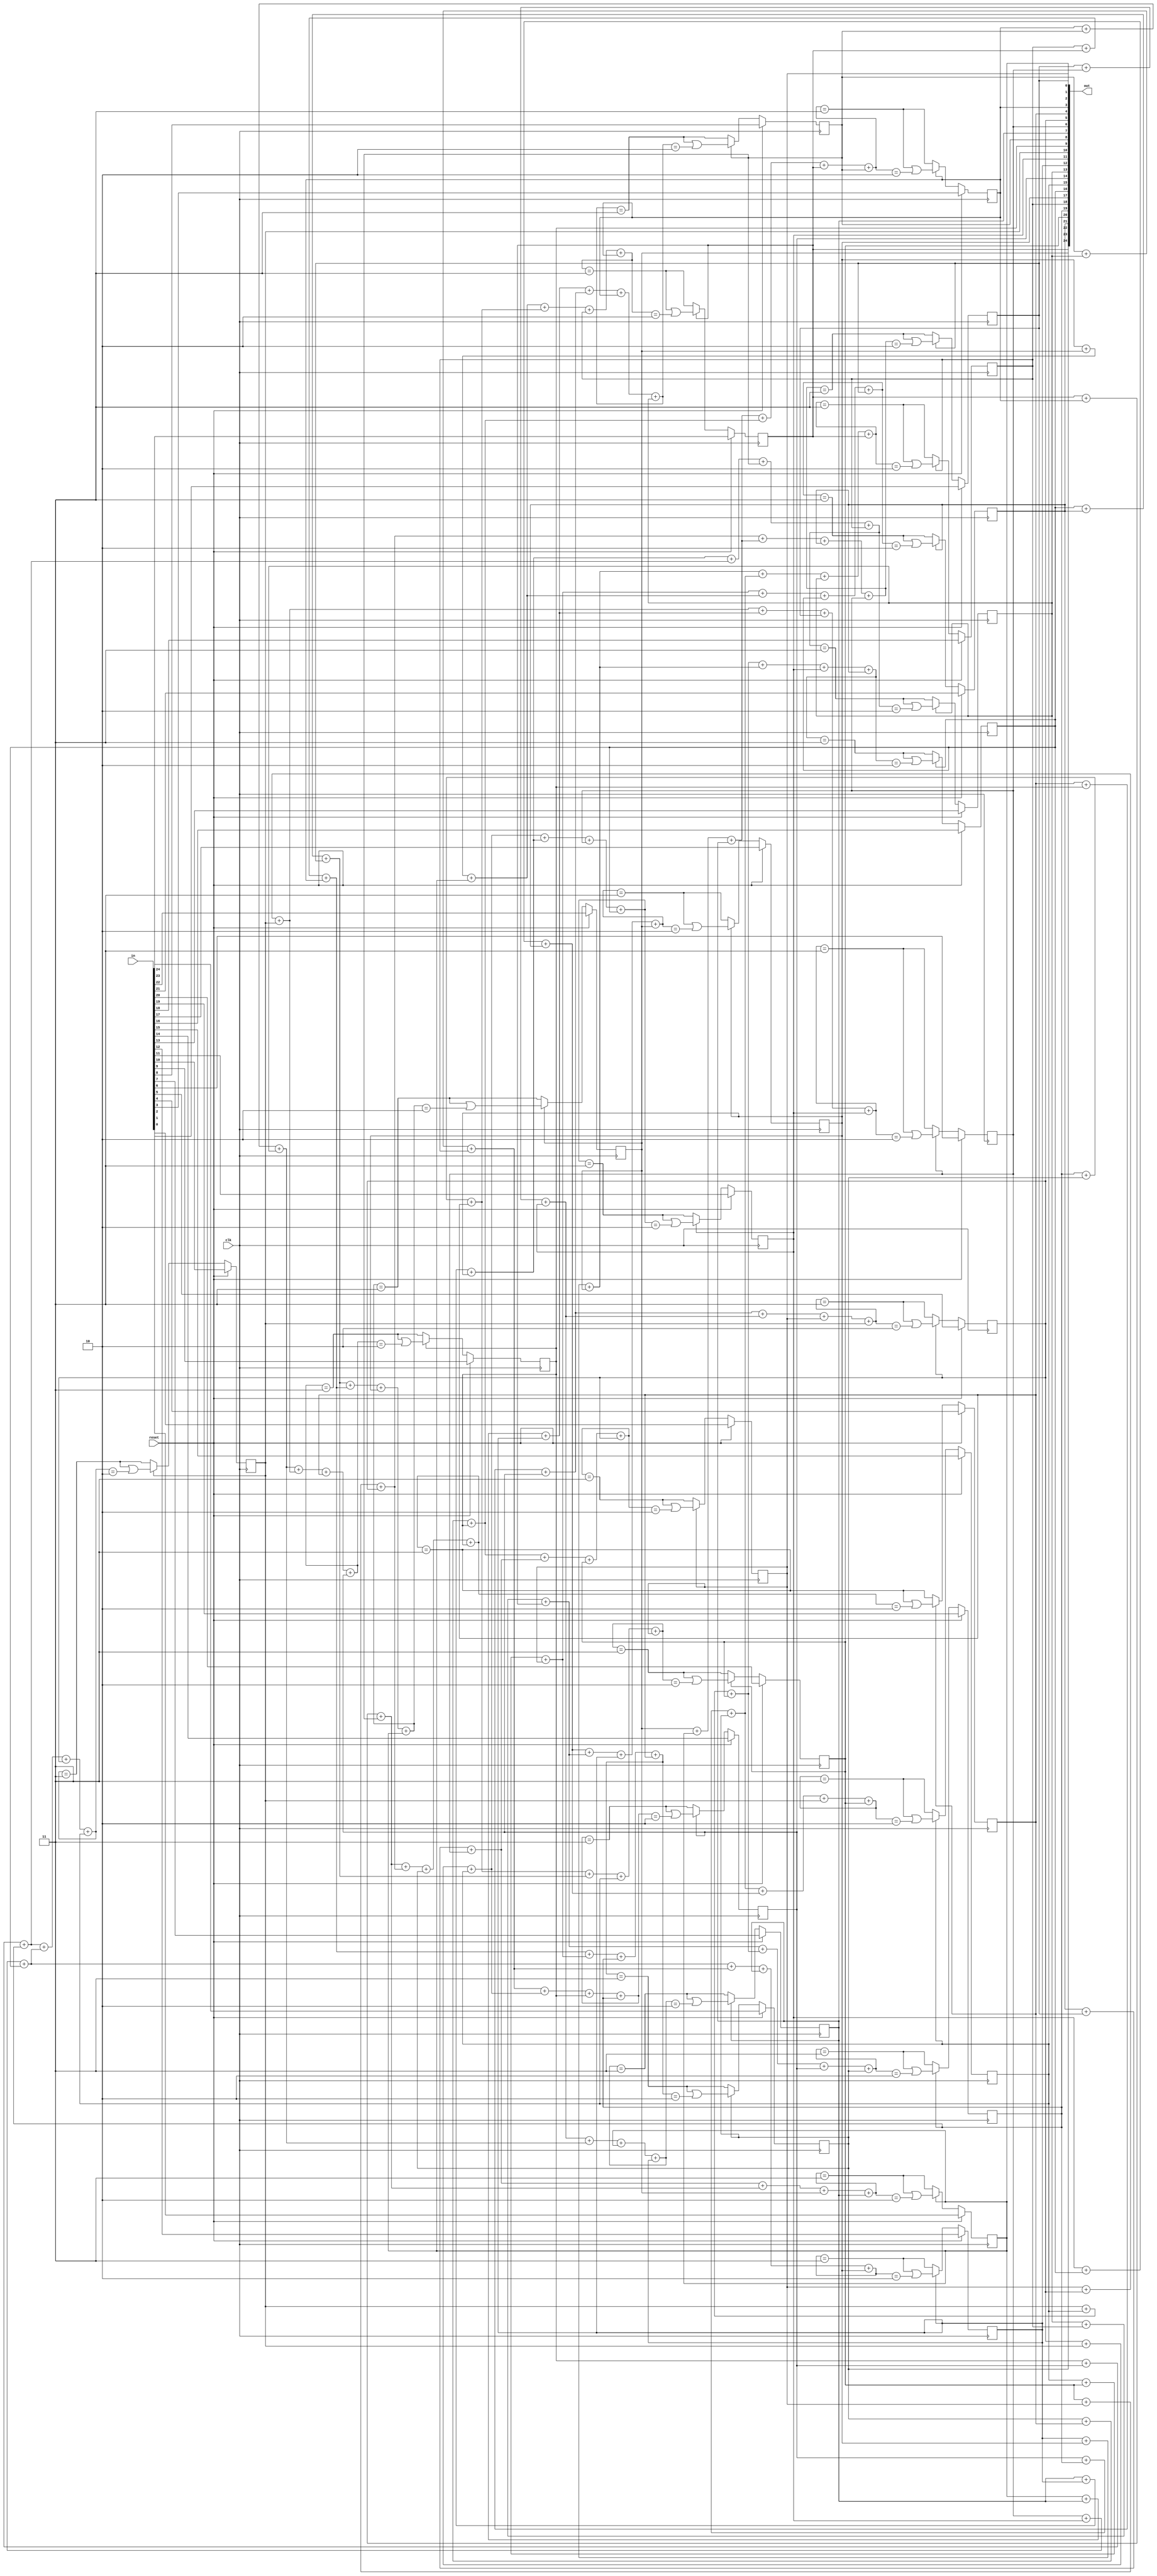
module gol(
    input clk,
    input reset,
    output [WIDTH*HEIGHT-1:0] out,
    input [WIDTH*HEIGHT-1:0] in
);

    parameter WIDTH=5;
    parameter HEIGHT=5;

    reg grid[WIDTH-1:0][HEIGHT-1:0];

    genvar gx, gy;
    integer x, y;
    integer sum;
    
    wire [1:0] three_sum[WIDTH-1:0][HEIGHT-1:0];
    
    generate
        for (gx = 0; gx < WIDTH; gx=gx+1) begin
            for (gy = 0; gy < HEIGHT; gy=gy+1) begin
                assign out[gx*HEIGHT+gy] = grid[gx][gy];
            
                assign three_sum[gx][gy] = grid[gx][gy] +
                    grid[(gx+1)%WIDTH][gy] + grid[(gx+2)%WIDTH][gy];
            end
        end
    endgenerate

    always @(posedge clk) begin
        if (reset) begin
            for (x = 0; x < WIDTH; x=x+1) begin
                for (y = 0; y < HEIGHT; y=y+1) begin
                    grid[x][y] <= in[x*HEIGHT+y];
                end
            end
        end else begin
            for (x = 0; x < WIDTH; x=x+1) begin
                for (y = 0; y < HEIGHT; y=y+1) begin
                    sum = (
                        three_sum[(x+WIDTH-1)%WIDTH][(y+HEIGHT-1)%HEIGHT] +
                        three_sum[(x+WIDTH-1)%WIDTH][(y+1)%HEIGHT] +
                        grid[(x+WIDTH-1)%WIDTH][y]+
                        grid[(x+1)%WIDTH][y]);
                        
                    if (grid[x][y]) begin
                        grid[x][y] <= (sum == 3 || sum == 2);
                    end else begin
                        grid[x][y] <= sum == 3;
                    end
                end
            end
        end
    end
endmodule